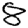
Digit: 8